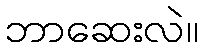
ဘာဆေးလဲ။